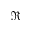
\Re